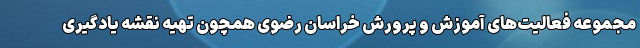
مجموعه فعالیت‌های آموزش و پرورش خراسان رضوی همچون تهیه نقشه یادگیری